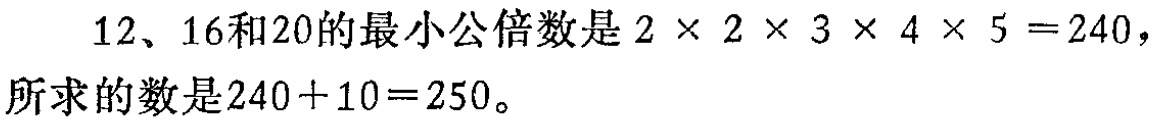
$12、16和20的最小公倍数是2\times 2\times 3\times 4\times 5 = 240，\\所求的数是240 + 10 = 250。$